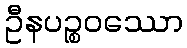
ဦနပဉ္စဝဿော